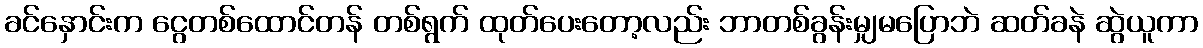
ခင်နှောင်းက ငွေတစ်ထောင်တန် တစ်ရွက် ထုတ်ပေးတော့လည်း ဘာတစ်ခွန်းမျှမပြောဘဲ ဆတ်ခနဲ ဆွဲယူကာ